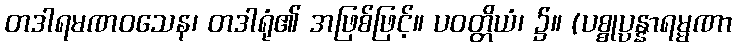
တဒါရမဏဝသေန၊ တဒါရုံ၏ အဖြစ်ဖြင့်။ ပဝတ္တိယံ၊ ၌။ (ပစ္စုပ္ပန္နာရမ္မဏာ